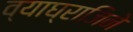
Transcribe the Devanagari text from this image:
व्याघ्राजिने